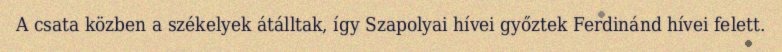
A csata közben a székelyek átálltak, így Szapolyai hívei győztek Ferdinánd hívei felett.